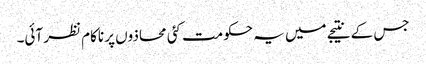
جس کے نتیجے میں یہ حکومت کئی محاذوں پر ناکام نظر آئی۔